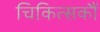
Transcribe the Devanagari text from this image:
चिकित्सकौं